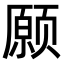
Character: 𫖸